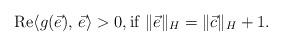
LaTeX: \begin{align*}{\rm Re}\langle g(\vec{e}),\,\vec{e}\rangle > 0 , {\rm if} \;\Vert \vec{e} \Vert_{H} = \Vert \vec{c} \Vert_{H} +1.\end{align*}